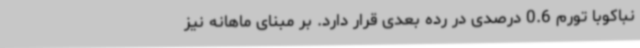
نباکوبا تورم 0.6 درصدی در رده بعدی قرار دارد. بر مبنای ماهانه نیز